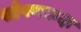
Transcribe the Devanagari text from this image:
शोषणकक्ष